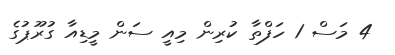
4 މަސް 1 ހަފްތާ ކުރިން މިއީ ސަން މީޑިއާ ގުރޫޕުގެ